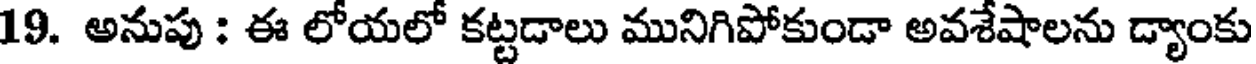
19. అనుపు : ఈ లోయలో కట్టడాలు మునిగిపోకుండా అవశేషాలను డ్యాంకు